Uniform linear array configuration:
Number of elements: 24
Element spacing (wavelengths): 0.25
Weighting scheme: exponential
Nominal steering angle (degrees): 30
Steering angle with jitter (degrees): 29.956
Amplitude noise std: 0.05
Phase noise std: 0.05

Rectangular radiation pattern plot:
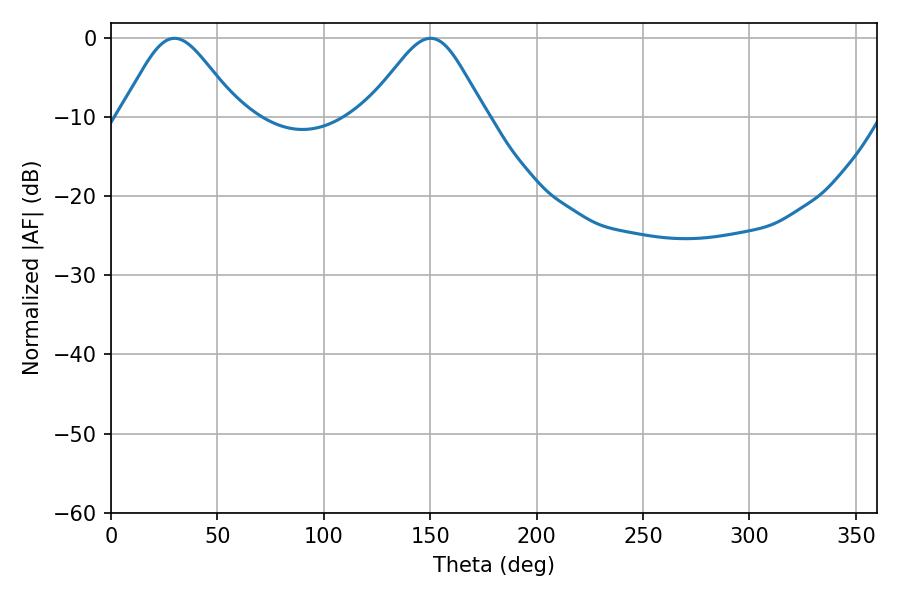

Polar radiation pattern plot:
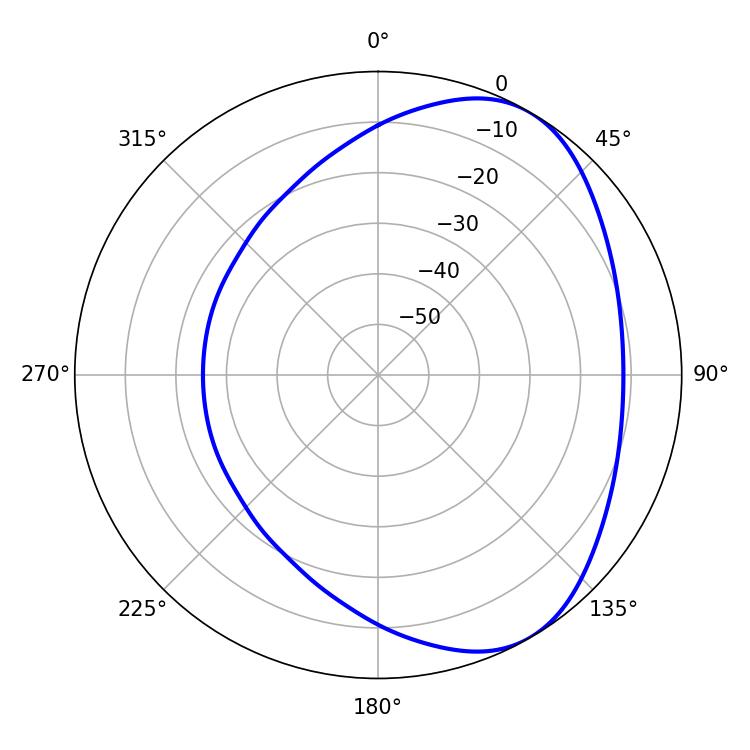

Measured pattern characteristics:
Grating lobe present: FALSE
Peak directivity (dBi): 5.058
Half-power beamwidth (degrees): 27.54
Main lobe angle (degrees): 29.88